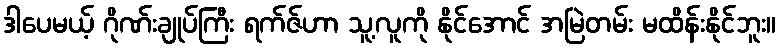
ဒါပေမယ့် ဂိုဏ်းချုပ်ကြီး ရက်ဇ်ဟာ သူ့လူကို နိုင်အောင် အမြဲတမ်း မထိန်းနိုင်ဘူး။